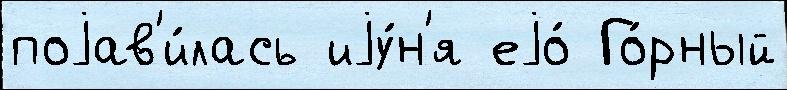
поjав'и́лась иjу́н'я еjо́ Го́рный